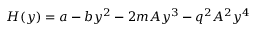
H ( y ) = a - b y ^ { 2 } - 2 m A y ^ { 3 } - q ^ { 2 } A ^ { 2 } y ^ { 4 }